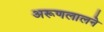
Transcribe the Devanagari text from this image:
अरूणलालने